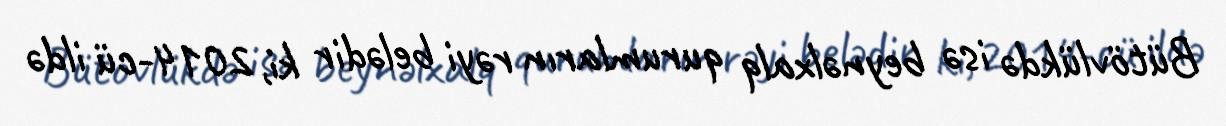
Bütövlükdə isə beynəlxalq qurumların rəyi belədir ki, 2014-cü ildə